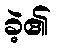
ခဲ့၏